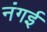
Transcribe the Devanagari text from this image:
नंगई